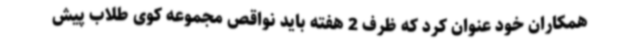
همکاران خود عنوان کرد که ظرف 2 هفته باید نواقص مجموعه کوی طلاب پیش